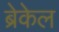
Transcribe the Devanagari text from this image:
ब्रेकेल